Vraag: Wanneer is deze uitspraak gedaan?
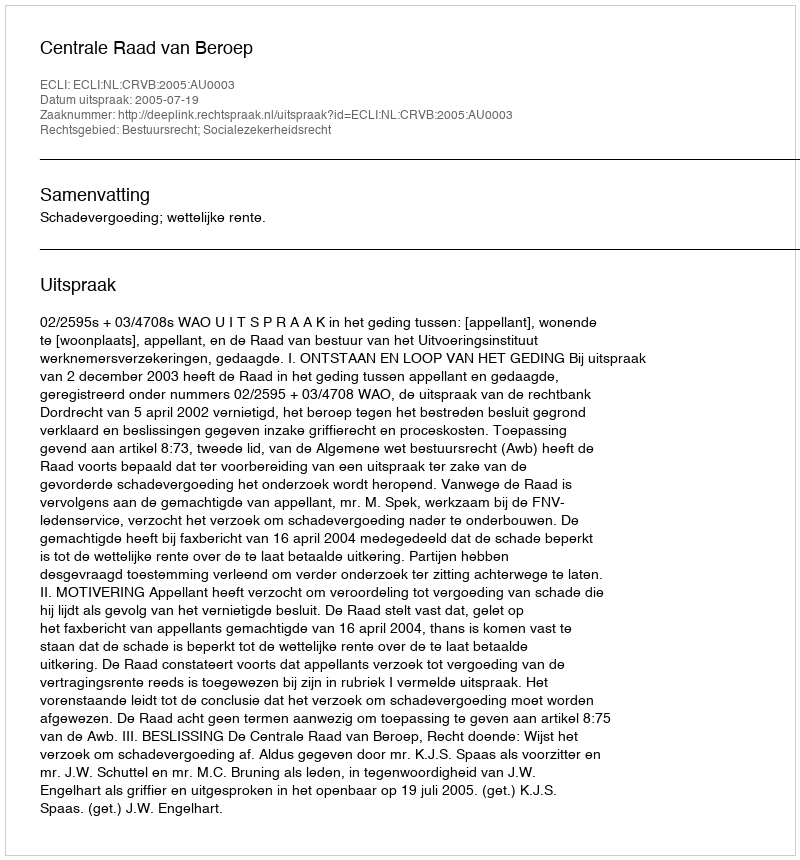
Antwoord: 2005-07-19